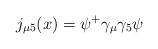
LaTeX: \begin{align*}j_{\mu 5}(x)=\psi ^{+}\gamma _\mu \gamma _5\psi\end{align*}